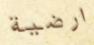
ارضية